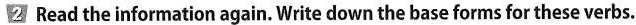
2 Read the information again. Write down the base forms for these verbs.